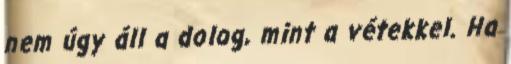
nem úgy áll a dolog, mint a vétekkel. Ha